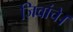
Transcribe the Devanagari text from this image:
जिवांचे।